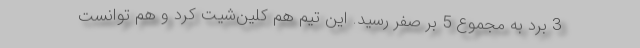
3 برد به مجموع 5 بر صفر رسید. این تیم هم کلین‌شیت کرد و هم توانست